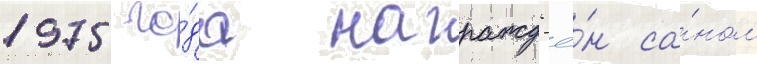
1975 го́да награжд'ё́н са́ном